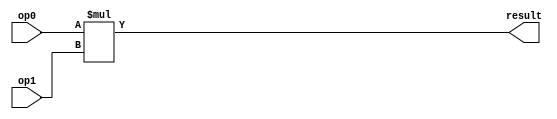
module top(input [2:0] op0, input [2:0] op1, output [5:0] result);
    assign result = op0 * op1;
endmodule